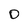
Character: 0